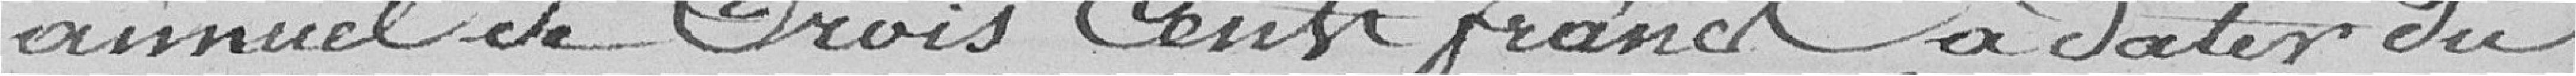
annuel de trois cents francs, à dater du